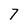
Character: 7